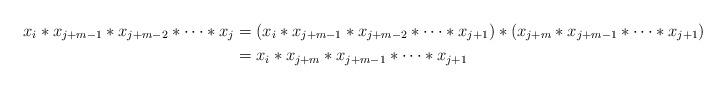
LaTeX: \begin{align*}x_i*x_{j+m-1}*x_{j+m-2}*\cdots*x_j&=(x_i*x_{j+m-1}*x_{j+m-2}*\cdots*x_{j+1})*(x_{j+m}*x_{j+m-1}*\cdots*x_{j+1})\\&=x_i*x_{j+m}*x_{j+m-1}*\cdots*x_{j+1}\end{align*}